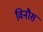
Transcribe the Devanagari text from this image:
विनौस